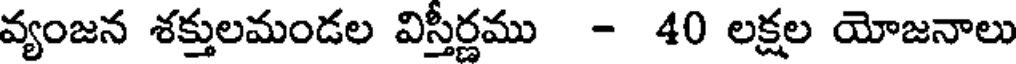
వ్యంజన శక్తులమండల విస్తీర్ణము - 40 లక్షల యోజనాలు